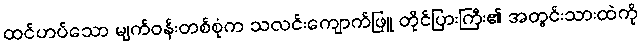
ထင်ဟပ်သော မျက်ဝန်းတစ်စုံက သလင်းကျောက်ဖြူ တိုင်ပြားကြီး၏ အတွင်းသားထဲကို